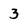
Character: 3